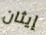
إيثان